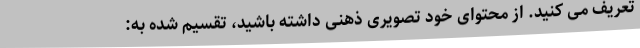
تعریف می کنید. از محتوای خود تصویری ذهنی داشته باشید، تقسیم شده به: